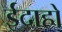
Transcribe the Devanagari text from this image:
ईदाहो